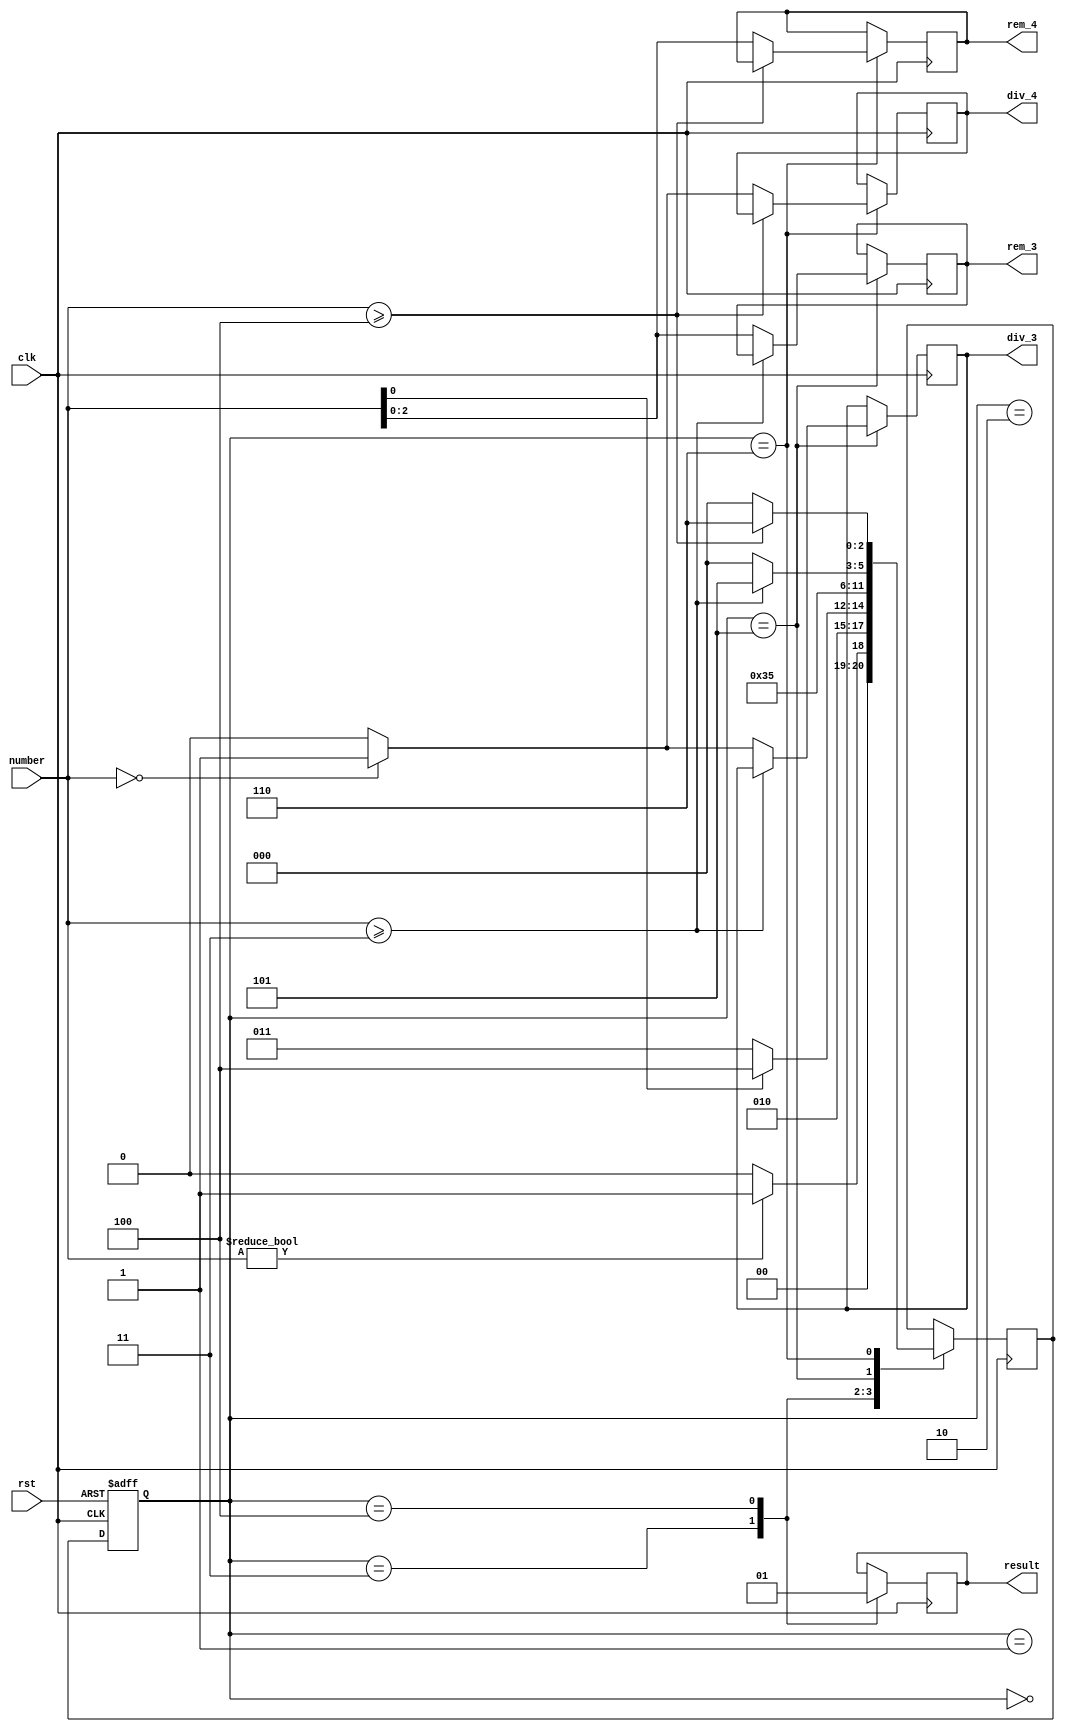
module final_project_12 (
    input clk,
    input rst,
    input [7:0] number,  //Takes in a 8 bit number
    output reg result,    //Using a register output, 0 if the number is even, 1 if the number is odd
    output reg [2:0] rem_3,     //output holding the remainer of our number divided by 3
    output reg div_3,           //output that is 1 if the nmber is divisible by 3 and 0 if it is not
    output reg [2:0] rem_4,     //output holding the remainer of our number divided by 4
    output reg div_4           //output that is 1 if the number is divisible by 4 and 0 if it is not
);

    // Below are the 7 states that we defined for our FSM
    localparam Idle = 3'b0, find_last_digit=3'b1, calculate = 3'b10, even_state = 3'b11, odd_state = 3'b100, divisible_3 = 3'b101, divisible_4 = 3'b110;
    //Idle,   //Idle state that the FSM is always in until a number is entered
    //find_last_digit,  //Give description of the state here
    //calculate,     // find whether even or odd
    //even_state,  //Give description of the state here
    //odd_state,  //Give description of the state here
    //divisible_3,     //If odd - calculate whether or not divisible by 3
    //divisible_4     //If even - calculate whether or not divisible by 4

    // state register: contains current state and next state
    reg [2:0] state, next_state;
    reg [7:0] rem_3_val, rem_4_val;
	reg [7:0] number_reg;
    reg last_bit;
    //reg new_input;

    initial begin
        state = Idle;
    end

    // Finite State machine
    always @(posedge clk or posedge rst) begin
        
            if (rst) begin
            /*
                result <= 1'b0;
                rem_3_val <= 8'b0;
                rem_3 <= 3'b0;
                div_3 <= 1'b0;
                rem_4_val <= 8'b0;
                rem_4 <= 3'b0;
                div_4 <= 1'b0;
                last_bit <= 1'b0;
            */
                state <= Idle;  // Initialize to Idle state on reset
            end
            else begin
                state <= next_state;  // Update state
            end
     end

    // Consider having a register called state - under idle state would get begin/calculate

    // Next state and state are currently flip flops



    // conditions for transistions between the states and output logic
    always @(posedge clk) begin // Double check this state
	
		number_reg = number;
	
        case (state)
            Idle: begin //state 0
                if (number_reg != 8'b00000000) begin
                    next_state = find_last_digit;
                end else begin
                    next_state = Idle;
                end
            end

            find_last_digit: begin // state 1// could just use calculate with number[0]
                //last_bit = number >> 7; // right shift to get last bit
                last_bit = number_reg[0];
                next_state = calculate;
            end

            calculate: begin //state 2
                if(number_reg[0]) begin
                    next_state = odd_state;
                end else begin
                    next_state = even_state;
                end
            end

            even_state: begin //state 3
                result = 0;
                 // if result is 0 we have an even number\\\\
                next_state = divisible_4;
            end

            odd_state: begin //state 4
                result = 1;
                next_state = divisible_3;
            end
			
			

            divisible_3: begin //state 5
			
				if( number_reg >= 3 ) begin 
					number_reg = number_reg - 3;
					next_state = divisible_3;
				end
				else begin
			
		
					rem_3_val = number_reg; //output holding the actual remainder after division of the number by three
					rem_3 = (rem_3_val[2:0]);
					if(rem_3_val == 0) begin
						div_3 = 1; //output div is 1 if the number is divisible by 3
					end else begin
						div_3 = 0;
					end
					next_state = Idle;
				
				end 
            end

            divisible_4: begin //state 6
			
				if( number_reg >= 4 ) begin 
					number_reg = number_reg - 4;
					next_state = divisible_4;
				end				
				else begin
					rem_4_val = number_reg;
					rem_4 = (rem_4_val[2:0]);
					if(rem_4_val == 0) begin
						 div_4 = 1; //output div is 1 if the number is divisible by 4
					end else begin
						 div_4 = 0;
					end
					next_state = Idle;
				end 
            end

        endcase
    end
endmodule